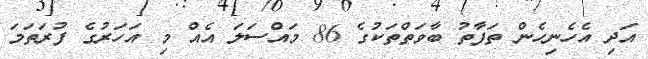
އަދި އެހެނިހެން ތަފާތު ބާވަތްތަކުގެ 86 މައްސަލަ އެއް މި އަހަރުގެ ފުރަތަމަ